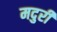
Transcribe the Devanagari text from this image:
मदुरी